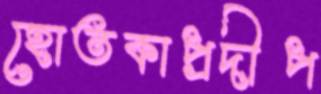
হোতকাপ্রদীপ